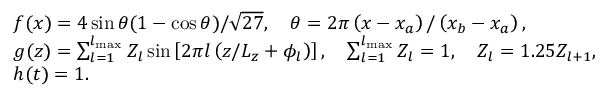
\begin{array} { r l } & { f ( x ) = 4 \sin \theta ( 1 - \cos \theta ) / \sqrt { 2 7 } , \quad \theta = 2 \pi \left( x - x _ { a } \right) / \left( x _ { b } - x _ { a } \right) , } \\ & { g ( z ) = \sum _ { l = 1 } ^ { l _ { \operatorname* { m a x } } } Z _ { l } \sin \left[ 2 \pi l \left( z / L _ { z } + \phi _ { l } \right) \right] , \quad \sum _ { l = 1 } ^ { l _ { \operatorname* { m a x } } } Z _ { l } = 1 , \quad Z _ { l } = 1 . 2 5 Z _ { l + 1 } , } \\ & { h ( t ) = 1 . } \\ & { } \end{array}